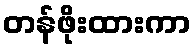
တန်ဖိုးထားကာ